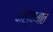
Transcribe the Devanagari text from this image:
वाहाव्यात